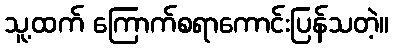
သူ့ထက် ကြောက်စရာကောင်းပြန်သတဲ့။